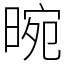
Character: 晼